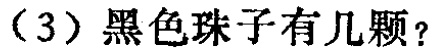
（3）黑色珠子有几颗？